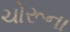
ચોરૂના